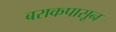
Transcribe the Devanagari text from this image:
बराकपासून